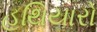
હથિયારો